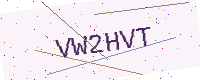
Text: VW2HVT